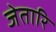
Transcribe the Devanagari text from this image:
जेतारि